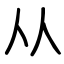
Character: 从